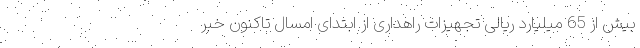
بیش از 65 میلیارد ریالی تجهیزات راهداری از ابتدای امسال تاکنون خبر